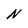
Character: N